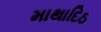
માથાદિઠ